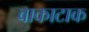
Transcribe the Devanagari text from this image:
वाकाटाक